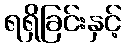
ရရှိခြင်းနှင့်